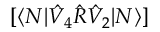
[ \langle N | \hat { V } _ { 4 } \hat { R } \hat { V } _ { 2 } | N \rangle ]